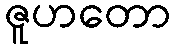
ဇူဟတော